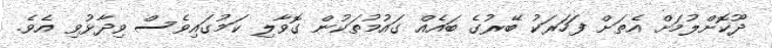
ދޫކޮށްލުމަށް އެތަށް ފަހަރަކު ބޭރުގެ ބައެއް ގައުމުތަކުން ގޮވާލި ކަމުގައިވެސް ވިދާޅުވި އެވެ.